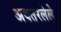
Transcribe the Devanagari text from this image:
अवतरलेले